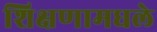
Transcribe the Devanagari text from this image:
शिक्षणामधले